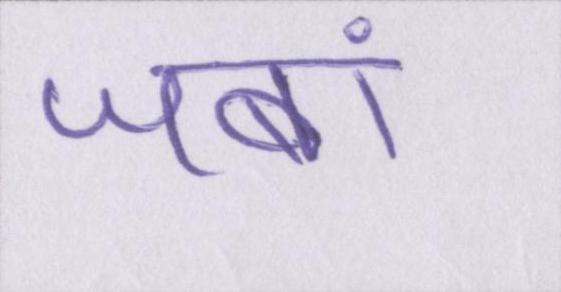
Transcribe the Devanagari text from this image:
जबां